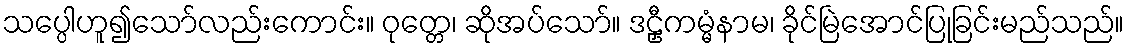
သပ္ပေါဟူ၍သော်လည်းကောင်း။ ဝုတ္တေ၊ ဆိုအပ်သော်။ ဒဠှီကမ္မံနာမ၊ ခိုင်မြဲအောင်ပြုခြင်းမည်သည်။